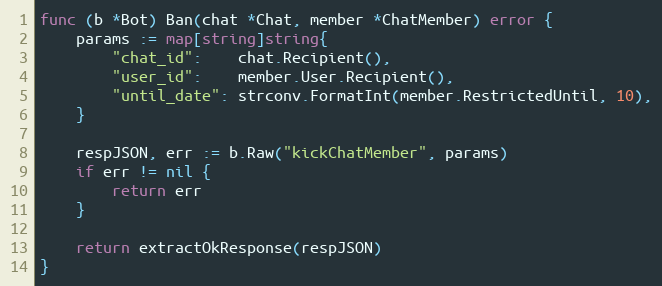
Language: Go
func (b *Bot) Ban(chat *Chat, member *ChatMember) error {
	params := map[string]string{
		"chat_id":    chat.Recipient(),
		"user_id":    member.User.Recipient(),
		"until_date": strconv.FormatInt(member.RestrictedUntil, 10),
	}

	respJSON, err := b.Raw("kickChatMember", params)
	if err != nil {
		return err
	}

	return extractOkResponse(respJSON)
}